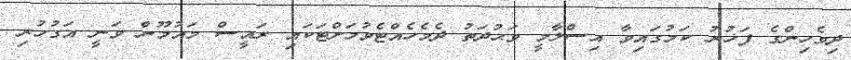
ދިވެހިންގެ ފަޚުރު ކަމުގައިވާ އިސްލާމީ ވަޙުދަތު ދެމެހެއްޓެވުމަށްޓަކައި ރައީސް މައުމޫން ވަނީ އަގުހުރި